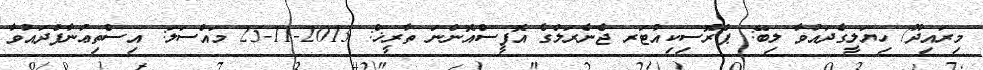
މިރައިދޫ/ ހިޔަލީގެދައުވާ ލިބޭ: ޕްރޮސިކިއުޓަރ ޖެނެރަލްގެ އޮފީސްއޮންނަ ތާރީޚް: 2013-11-25 މައްސަލަ: އިސްތިޢުނާފްދައުވާ